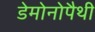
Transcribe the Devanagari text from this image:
डेमोनोपैथी